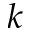
k